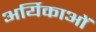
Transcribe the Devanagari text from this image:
अर्यिकाओं